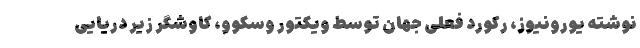
نوشته یورونیوز، رکورد فعلی جهان توسط ویکتور وسکوو، کاوشگر زیر دریایی